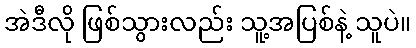
အဲဒီလို ဖြစ်သွားလည်း သူ့အပြစ်နဲ့ သူပဲ။